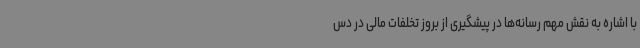
با اشاره به نقش مهم رسانه‌ها در پیشگیری از بروز تخلفات مالی در دس